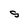
Character: S